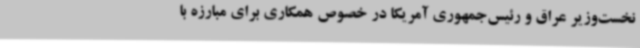
نخست‌وزیر عراق و رئیس‌جمهوری آمریکا در خصوص همکاری برای مبارزه با